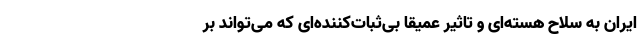
ایران به سلاح هسته‌ای و تاثیر عمیقا بی‌ثبات‌کننده‌ای که می‌تواند بر